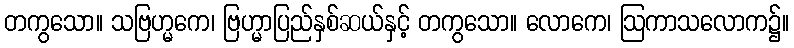
တကွသော။ သဗြဟ္မကေ၊ ဗြဟ္မာပြည်နှစ်ဆယ်နှင့် တကွသော။ လောကေ၊ ဩကာသလောက၌။